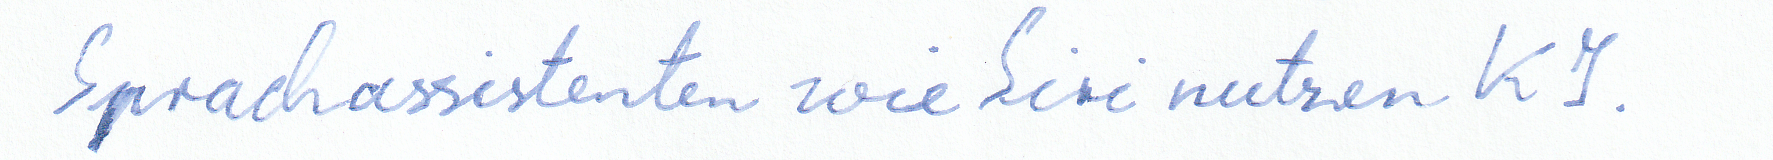
Sprachassistenten wie Siri nutzen KI.